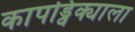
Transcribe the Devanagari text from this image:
कापड्विक्याला